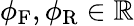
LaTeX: \phi_{\mathrm{F}},\phi_{\mathrm{R}}\in\mathbb{R}